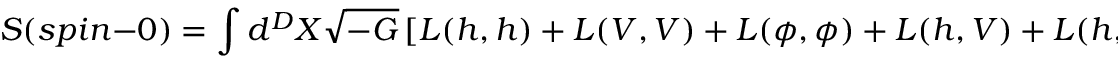
S ( s p i n - 0 ) = \int d ^ { D } X \sqrt { - G } \left[ L ( h , h ) + L ( V , V ) + L ( \phi , \phi ) + L ( h , V ) + L ( h , \phi ) + L ( V , \phi ) \right] ~ ,